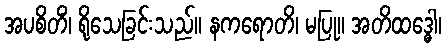
အပစိတိံ၊ ရိုသေခြင်းသည်။ နကရောတိ၊ မပြု။ အတိထဒ္ဓေါ၊